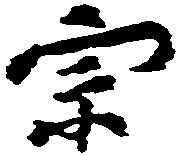
宗